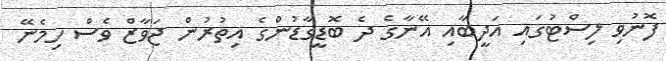
ފޮނުވި ލިސްޓުގައި އަދީބާއި އޭނާގެ ދެ ބޮޑީގާޑުންގެ އިތުރުން ޖަވާޒް ވެސް ހިމެނޭ